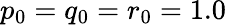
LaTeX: p_{0}=q_{0}=r_{0}=1.0